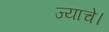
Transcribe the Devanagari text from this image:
ज्याचे।